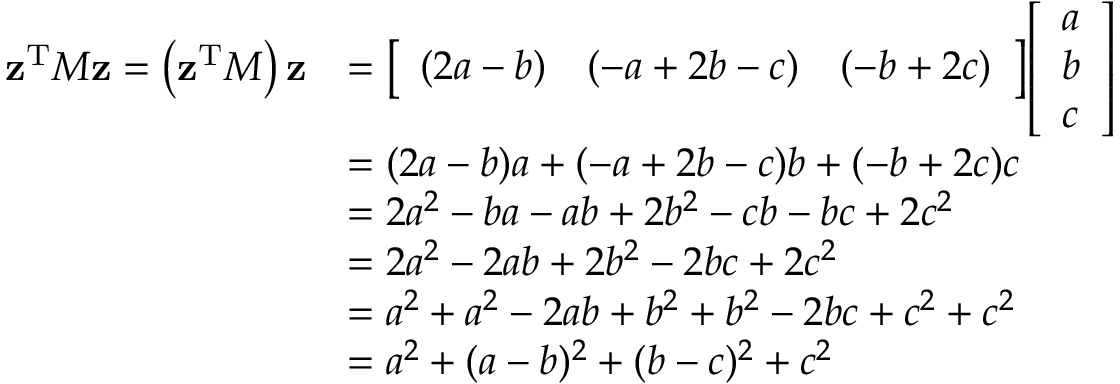
{ \begin{array} { r l } { \mathbf { z } ^ { \operatorname { T } } M \mathbf { z } = \left( \mathbf { z } ^ { \operatorname { T } } M \right) \mathbf { z } } & { = { \left[ \begin{array} { l l l } { ( 2 a - b ) } & { ( - a + 2 b - c ) } & { ( - b + 2 c ) } \end{array} \right] } { \left[ \begin{array} { l } { a } \\ { b } \\ { c } \end{array} \right] } } \\ & { = ( 2 a - b ) a + ( - a + 2 b - c ) b + ( - b + 2 c ) c } \\ & { = 2 a ^ { 2 } - b a - a b + 2 b ^ { 2 } - c b - b c + 2 c ^ { 2 } } \\ & { = 2 a ^ { 2 } - 2 a b + 2 b ^ { 2 } - 2 b c + 2 c ^ { 2 } } \\ & { = a ^ { 2 } + a ^ { 2 } - 2 a b + b ^ { 2 } + b ^ { 2 } - 2 b c + c ^ { 2 } + c ^ { 2 } } \\ & { = a ^ { 2 } + ( a - b ) ^ { 2 } + ( b - c ) ^ { 2 } + c ^ { 2 } } \end{array} }